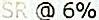
SR @ 6%